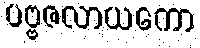
ပဗ္ဗဇလာယကော